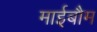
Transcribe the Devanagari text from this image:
माईबौम